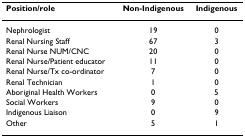
<table><thead><tr><td><b>Position/role</b></td><td><b>Non-Indigenous</b></td><td><b>Indigenous</b></td></tr></thead><tbody><tr><td>Nephrologist</td><td>19</td><td>0</td></tr><tr><td>Renal Nursing Staff</td><td>67</td><td>3</td></tr><tr><td>Renal Nurse NUM/CNC</td><td>20</td><td>0</td></tr><tr><td>Renal Nurse/Patient educator</td><td>11</td><td>0</td></tr><tr><td>Renal Nurse/Tx co-ordinator</td><td>7</td><td>0</td></tr><tr><td>Renal Technician</td><td>1</td><td>0</td></tr><tr><td>Aboriginal Health Workers</td><td>0</td><td>5</td></tr><tr><td>Social Workers</td><td>9</td><td>0</td></tr><tr><td>Indigenous Liaison</td><td>0</td><td>9</td></tr><tr><td>Other</td><td>5</td><td>1</td></tr></tbody></table>